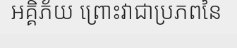
អគ្គិភ័យ ព្រោះវាជាប្រភពនៃ